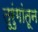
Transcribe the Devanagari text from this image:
तुरुंगांतून